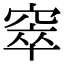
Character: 窣